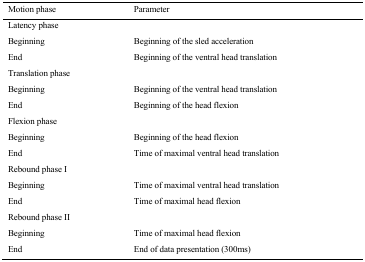
| Motion phase | Parameter |
 | --- | --- |
 | Latency phase |  |
 | Beginning | Beginning of the sled acceleration |
 | End | Beginning of the ventral head translation |
 | Translation phase |  |
 | Beginning | Beginning of the ventral head translation |
 | End | Beginning of the head flexion |
 | Flexion phase |  |
 | Beginning | Beginning of the head flexion |
 | End | Time of maximal ventral head translation |
 | Rebound phase I |  |
 | Beginning | Time of maximal ventral head translation |
 | End | Time of maximal head flexion |
 | Rebound phase II |  |
 | Beginning | Time of maximal head flexion |
 | End | End of data presentation (300ms) |